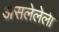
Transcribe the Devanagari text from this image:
असलेलेली